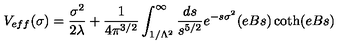
V _ { e f f } ( \sigma ) = { \frac { \sigma ^ { 2 } } { 2 \lambda } } + { \frac { 1 } { 4 \pi ^ { 3 / 2 } } } \int _ { 1 / \Lambda ^ { 2 } } ^ { \infty } { \frac { d s } { s ^ { 5 / 2 } } } e ^ { - s \sigma ^ { 2 } } ( e B s ) \coth ( e B s )